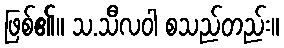
ဖြစ်၏။ သ.သီလဝါ စသည်တည်း။